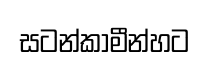
සටන්කාමීන්හට